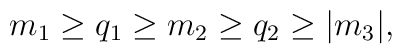
m_1 \ge q_1 \ge m_2 \ge q_2 \ge \vert m_3 \vert ,